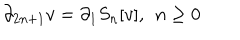
\partial _ { 2 n + 1 } v = \partial _ { 1 } S _ { n } [ v ] , \; \, n \geq 0